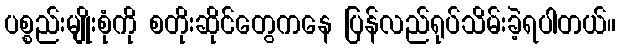
ပစ္စည်းမျိုးစုံကို စတိုးဆိုင်တွေကနေ ပြန်လည်ရုပ်သိမ်းခဲ့ရပါတယ်။